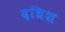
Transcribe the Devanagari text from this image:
दधिश